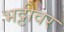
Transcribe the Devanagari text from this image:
भट्टीवर